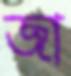
জা